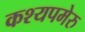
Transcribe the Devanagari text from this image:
कश्यपमेरु